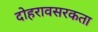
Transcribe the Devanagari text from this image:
दोहरावसरकता